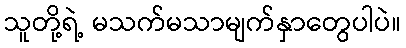
သူတို့ရဲ့ မသက်မသာမျက်နှာတွေပါပဲ။